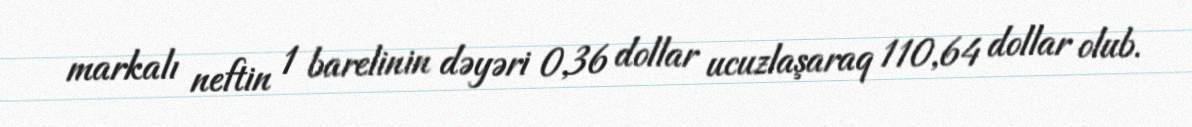
markalı neftin 1 barelinin dəyəri 0,36 dollar ucuzlaşaraq 110,64 dollar olub.